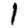
Digit: 1